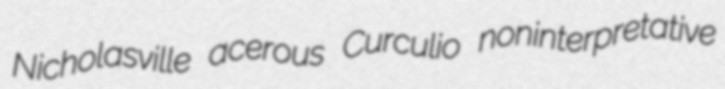
Nicholasville acerous Curculio noninterpretative